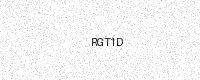
Text: RGT1D